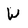
Character: W